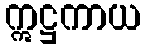
ဣဋ္ဌကာယ